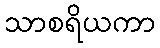
သာစရိယကာ